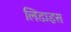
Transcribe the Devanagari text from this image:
लिडाइस